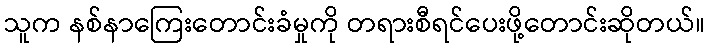
သူက နစ်နာကြေးတောင်းခံမှုကို တရားစီရင်ပေးဖို့တောင်းဆိုတယ်။